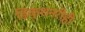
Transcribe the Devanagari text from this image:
डिक्शनरीही